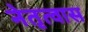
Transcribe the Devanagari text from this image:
नेतृत्वास